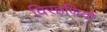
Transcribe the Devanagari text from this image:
विरहणियों